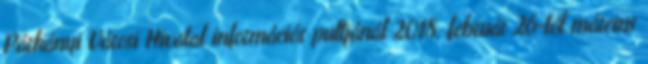
Párkányi Városi Hivatal információs pultjánál 2018. február 26-tól március